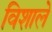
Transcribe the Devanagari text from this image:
विशाले